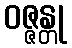
ဝဇ္ဇန္တု